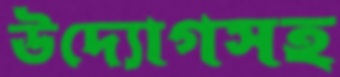
উদ্যোগসহ